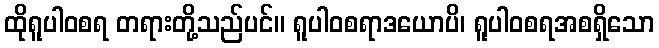
ထိုရူပါဝစရ တရားတို့သည်ပင်။ ရူပါဝစရာဒယောပိ၊ ရူပါဝစရအစရှိသော